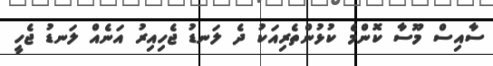
ސާއިސް މޫސާ ކޮންމެ ކުޅުންތެރިއަކު ދެ ލަނޑު ޖެހިއިރު އަނެއް ލަނޑު ޖެހީ